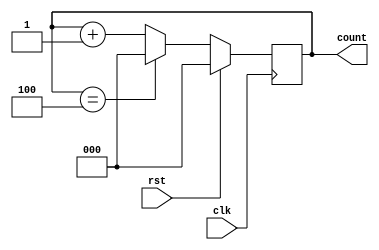
module mod5cntr (input clk,input rst, output reg [2:0] count);
always @(posedge clk) begin
    if (rst) begin
      count <= 3'b000;
    end 
    else begin
      if (count == 3'b100) begin
        count <= 3'b000;
      end 
      else begin
        count <= count + 1;
      end
    end
  end

endmodule